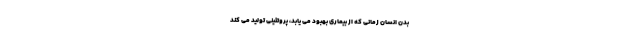
بدن انسان زمانی که از بیماری بهبود می یابد، پروتئینی تولید می کند